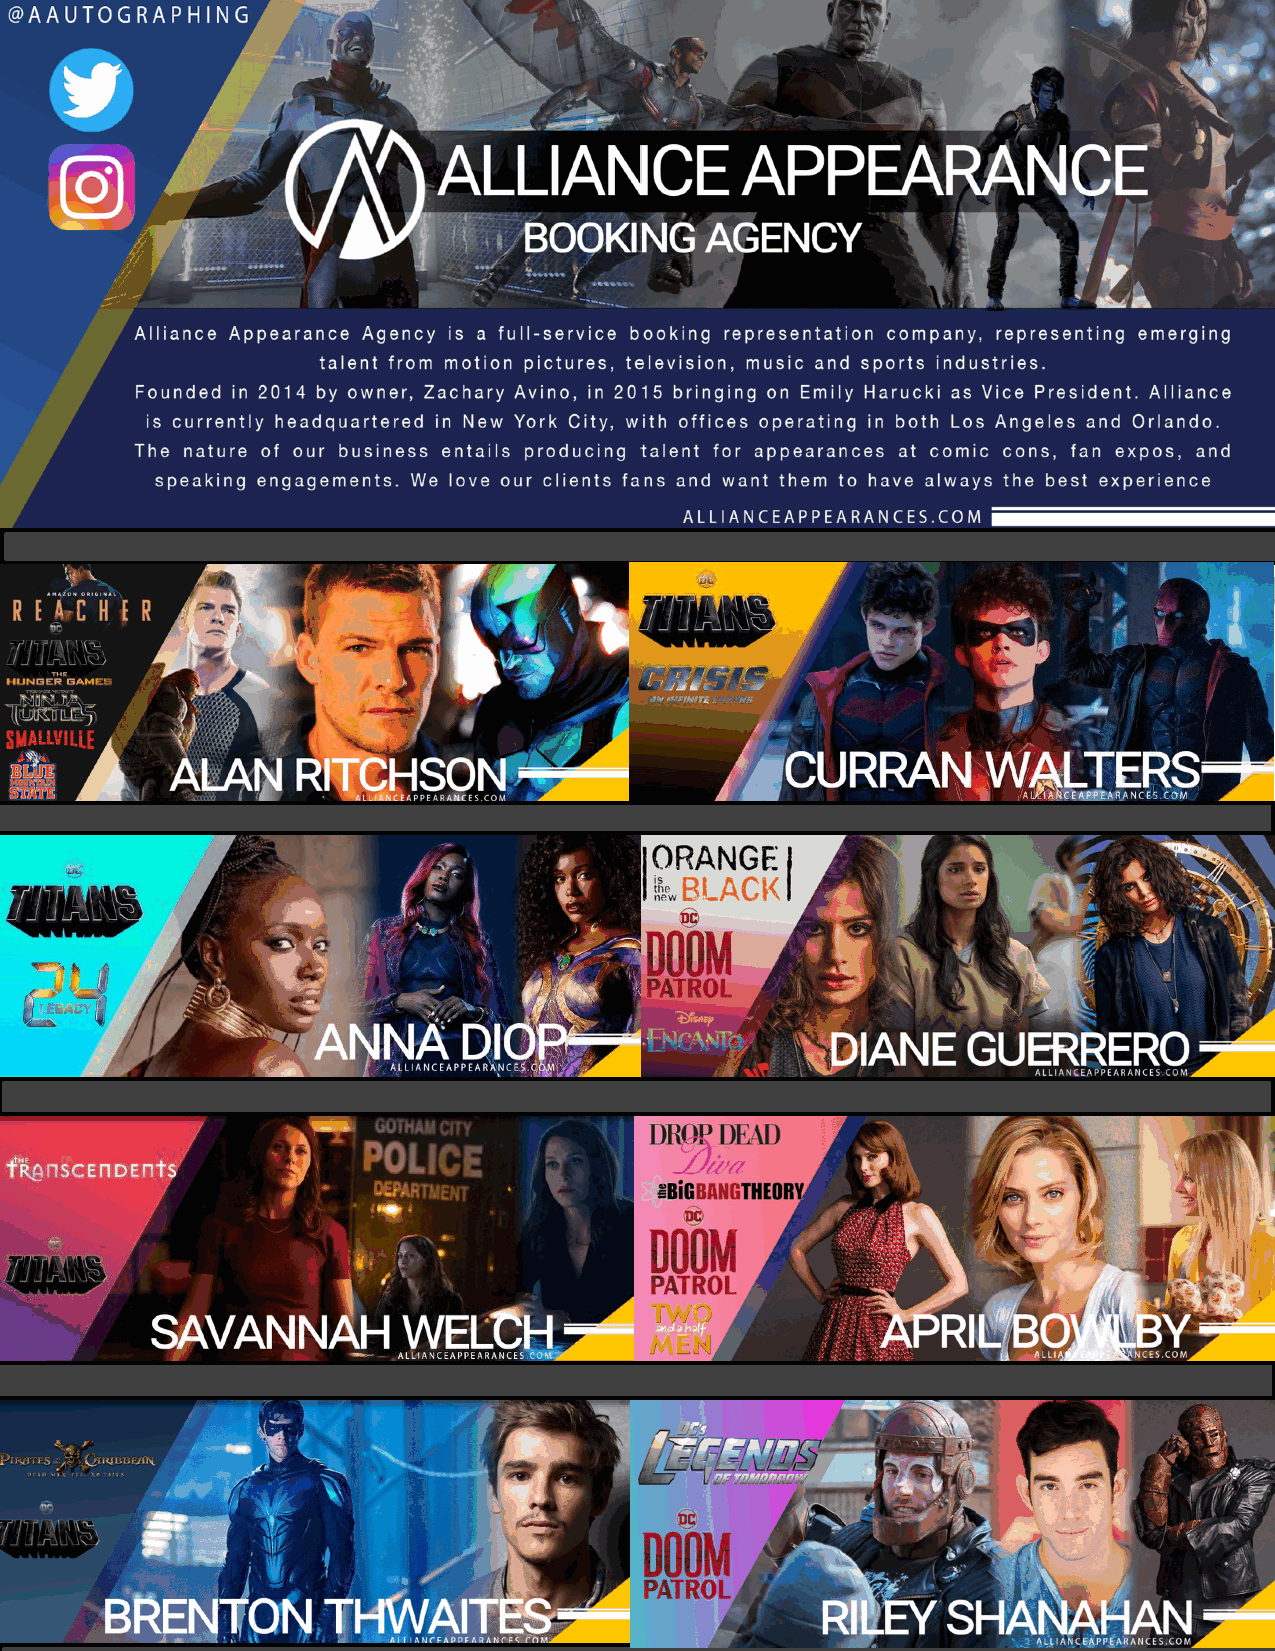
Alliance     Agency
 - Booking Agency-
 Alliance Autographing is a full-service booking representation agency, representing emerging talent from motion
 pictures, television, music and sports industries. Alliance Autographing is currently headquartered in
 New York City, with offices operating in both Orlando and Los Angeles. The nature of our business entails
 producing talent for appearances at comic cons, fan expos, concerts and speaking engagements.